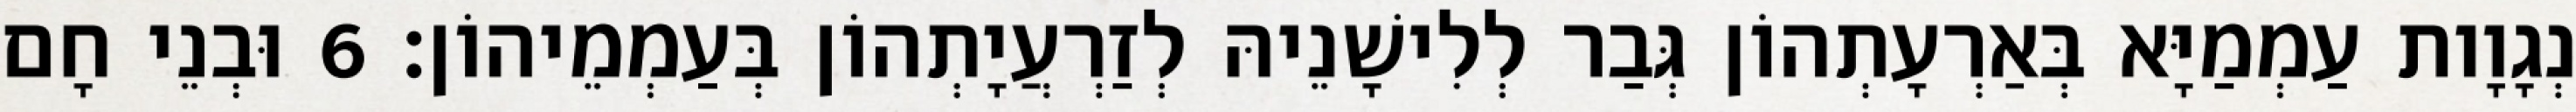
נְגָוָות עַמְמַיָּא בְּאַרְעָתְהוֹן גְּבַר לְלִישָׁנֵיהּ לְזַרְעֲיָתְהוֹן בְּעַמְמֵיהוֹן׃ 6 וּבְנֵי חָם